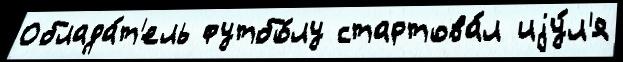
Облада́т'ель футбо́лу стартова́л иjу́л'я